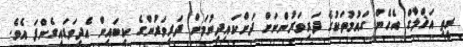
ރީތި އަޚްލާގް އެހެން ގައުމުތަކުގެ ދަރިވަރުންނަށް ދަށްކައިދިނުމަށް ދަރިވަރުންގެ ކިބައިން އެދިވަޑައިގެންފަ އެވެ.